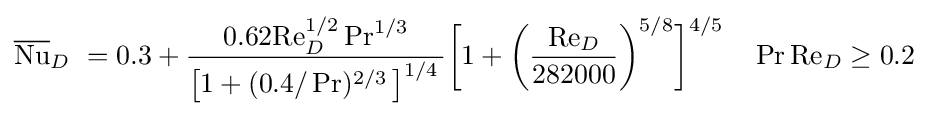
{\overline {\mathrm {Nu} }}_{D}\ =0.3+{\frac {0.62\mathrm {Re} _{D}^{1/2}\Pr ^{1/3}}{\left[1+(0.4/\Pr )^{2/3}\,\right]^{1/4}\,}}{\bigg [}1+{\bigg (}{\frac {\mathrm {Re} _{D}}{282000}}{\bigg )}^{5/8}{\bigg ]}^{4/5}\quad \Pr \mathrm {Re} _{D}\geq 0.2